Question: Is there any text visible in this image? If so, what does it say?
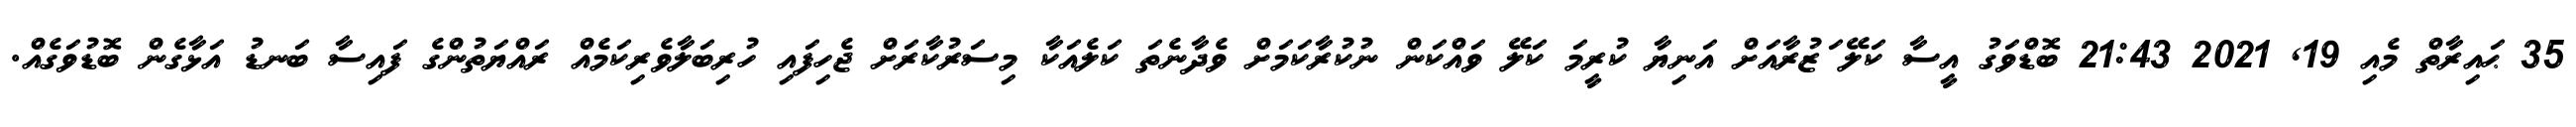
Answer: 35 ޙައިރާތް މެއި 19, 2021 21:43 ބޮޑްވަގު އީސާ ކަލޭ ަޒުރާއަށް އަނިޔާ ކުރީމަ ކަލޭ ވައްކަން ނުކުރާކަމަށް ވެދާނެތަ ކަލެއަކާ މިސަރުކާރަށް ޖެހިފައި ހުރިބަލާވެރިކަމެއް ރައްޔަތުންގެ ފައިސާ ބަނޑު އަޅާގެން ބޮޑުވަގެއް.